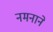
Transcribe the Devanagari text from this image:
नमनाने